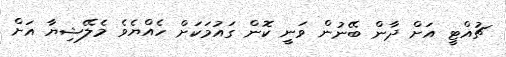
ޗުއްޓީ އަށް ދާން ބޭނުން ވަނީ ކޮން ގައުމަކަށް ހެއްޔެވެ މެލޭޝިޔާ އަށް